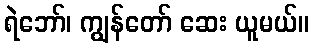
ရဲဘော်၊ ကျွန်တော် ဆေး ယူမယ်။